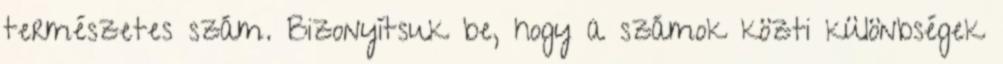
természetes szám. Bizonyítsuk be, hogy a számok közti különbségek